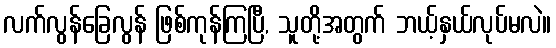
လက်လွန်ခြေလွန် ဖြစ်ကုန်ကြပြီ, သူတို့အတွက် ဘယ့်နှယ်လုပ်မလဲ။